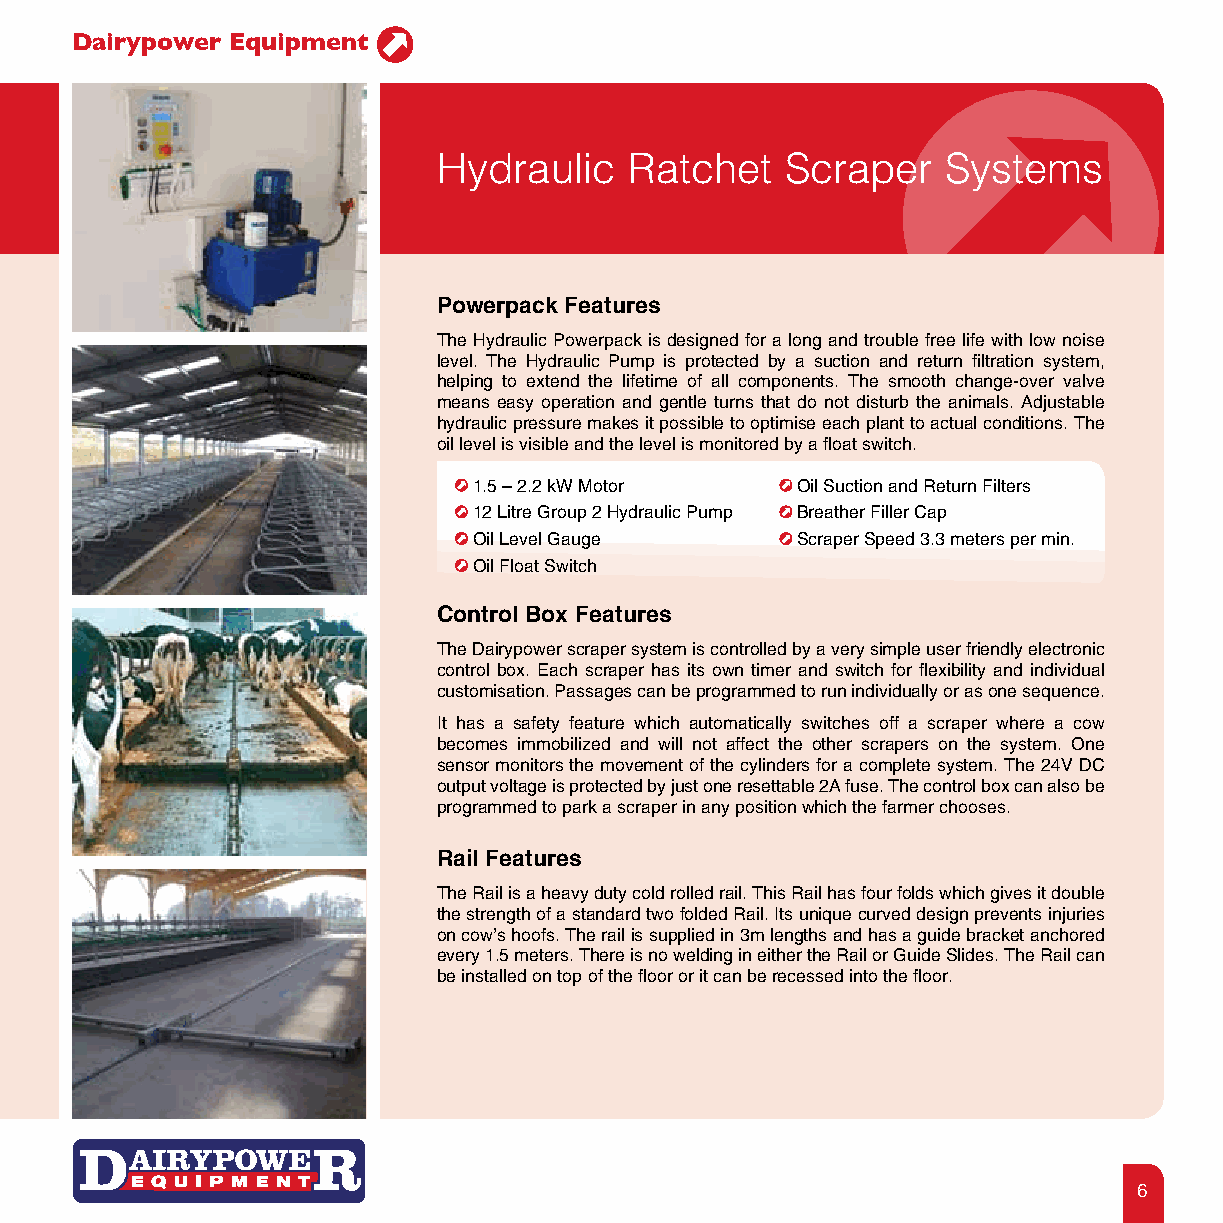
Dairypower Equipment
 Hydraulic    Ratchet   Scraper    Systems
 Powerpack Features
 The Hydraulic Powerpack is designed for a long and trouble free life with low noise
 level. The Hydraulic Pump is protected by a suction and return filtration system,
 helping to extend the lifetime of all components. The smooth change-over valve
 means easy operation and gentle turns that do not disturb the animals. Adjustable
 hydraulic pressure makes it possible to optimise each plant to actual conditions. The
 oil level is visible and the level is monitored by a float switch.
 1.5 – 2.2 kW Motor    Oil Suction and Return Filters
 12 Litre Group 2 Hydraulic Pump Breather Filler Cap
 Oil Level Gauge       Scraper Speed 3.3 meters per min.
 Oil Float Switch
 Control Box Features
 The Dairypower scraper system is controlled by a very simple user friendly electronic
 control box. Each scraper has its own timer and switch for flexibility and individual
 customisation. Passages can be programmed to run individually or as one sequence.
 It has a safety feature which automatically switches off a scraper where a cow
 becomes immobilized and will not affect the other scrapers on the system. One
 sensor monitors the movement of the cylinders for a complete system. The 24V DC
 output voltage is protected by just one resettable 2A fuse. The control box can also be
 programmed to park a scraper in any position which the farmer chooses.
 Rail Features
 The Rail is a heavy duty cold rolled rail. This Rail has four folds which gives it double
 the strength of a standard two folded Rail. Its unique curved design prevents injuries
 on cow’s hoofs. The rail is supplied in 3m lengths and has a guide bracket anchored
 every 1.5 meters. There is no welding in either the Rail or Guide Slides. The Rail can
 be installed on top of the floor or it can be recessed into the floor.
 6